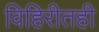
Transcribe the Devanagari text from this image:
विहिरीतही